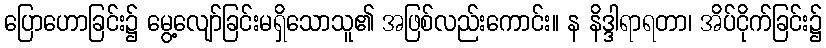
ပြောဟောခြင်း၌ မွေ့လျော်ခြင်းမရှိသောသူ၏ အဖြစ်လည်းကောင်း။ န နိဒ္ဒါရာရတာ၊ အိပ်ငိုက်ခြင်း၌